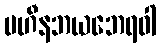
ပဟီနဘယဘေရဝါ